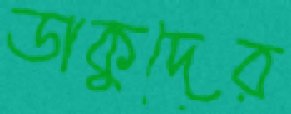
ডাকুদের